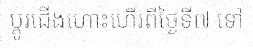
ប្តូរជើងហោះហើរពីថ្ងៃទី៧ ទៅ